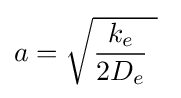
a={\sqrt {{\frac {k_{e}}{2D_{e}}}\ }}\